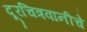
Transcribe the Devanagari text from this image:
दूरचित्रवानीचे